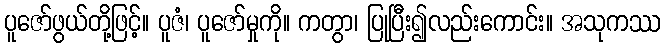
ပူဇော်ဖွယ်တို့ဖြင့်။ ပူဇံ၊ ပူဇော်မှုကို။ ကတွာ၊ ပြုပြီး၍လည်းကောင်း။ အသုကဿ